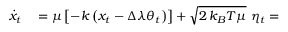
\begin{array} { r l } { \dot { x } _ { t } } & { { } = \mu \left[ - k \left( x _ { t } - \Delta \lambda \theta _ { t } \right) \right] + \sqrt { 2 \, k _ { B } T \mu } ~ \eta _ { t } = } \end{array}